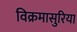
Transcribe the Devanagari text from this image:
विक्रमासुरिया